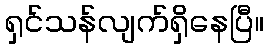
ရှင်သန်လျက်ရှိနေပြီ။